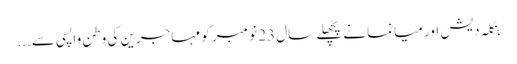
بنگلہ دیش اور میانما نے پچھلے سال 23 نومبر کو مہاجرین کی وطن واپسی سے ...